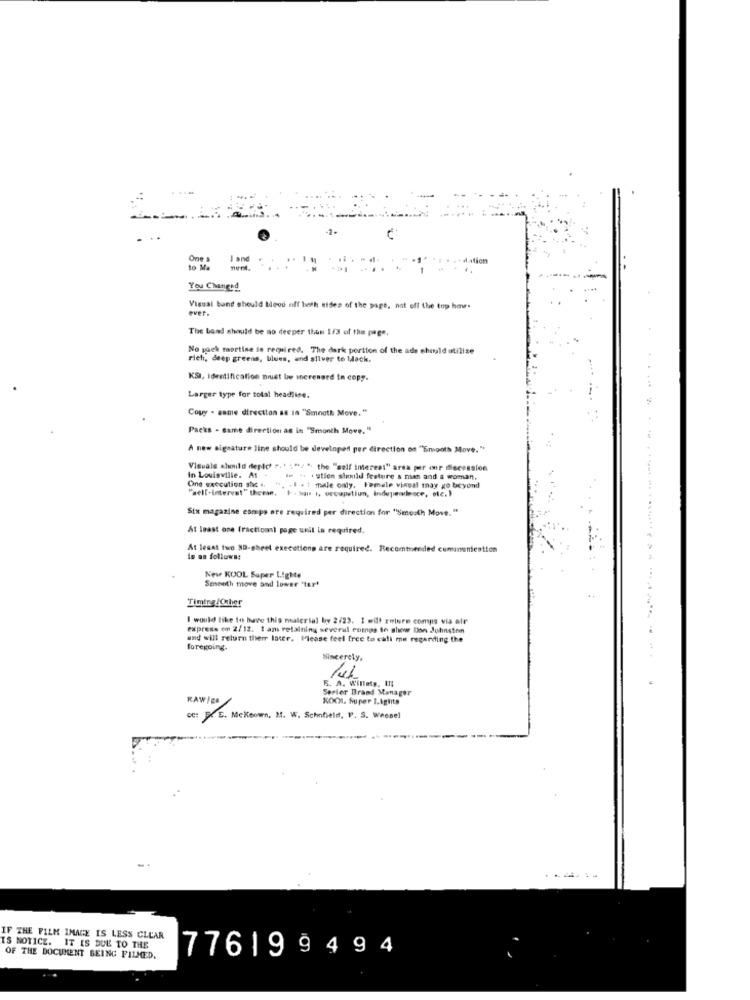
One
I and
to M
You Changed
Visual band should theou off both sides of the page, not off the top how.
over.
The band should be no deeper than 1/3 of the page.
No wack martine is required. The dark portion of the ads should utilise
Fich, deep greens, blues, and silver to lock.
KSI, Identification must be mnerenard in copy.
Larger type for total headline.
Copy . same direction as in "Smooth Move."
Packs - same direction as in "Smonth Move. "
A new signature line should be developed per direction on "Smooth Move."
Visuale should depict " .* : "/ " the "self interest" area per one iscession
in Louisville. At -
we - . stien should feature s men and a woman,
One execution she .. " .. . I . : male only. Female visual may go beyond
"well-interest" theman, F. Han i, occupatiun, independence, etc.)
Six magazine compa ore required per direction for "Smooth Move. "
At least one fractionnì page unil is required.
At least two SD-sheet executions are required. Recommended communication
is as follows:
Smooth move and lower "tart
New KOOL Super Lighte
Timing /Other
I would like to have this material by 2/23. I will relure comps via air
express om 2/12. I am retalning several estnos to slow bon Johnston
and will return therr later. Please feel free to call me regarding the
foregoing.
Sincerely.
.. .
5. A. Willets, In!
Serier Brand Manager
KAWIEB
KOCI. Super I.ights
CC: E. Mckeown. M. W. Schofield, P. S. Wessel
IF THE FILM IMAGE IS LESS CLEAR
IS NOTICE. IT IS DUE TO THE
77619 9494
OF THE DOCUMENT BEING FILMED.